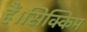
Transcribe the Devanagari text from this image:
हैं।सिक्किम